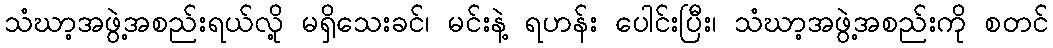
သံဃာ့အဖွဲ့အစည်းရယ်လို့ မရှိသေးခင်၊ မင်းနဲ့ ရဟန်း ပေါင်းပြီး၊ သံဃာ့အဖွဲ့အစည်းကို စတင်